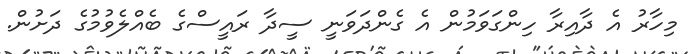
މިހާރު އެ ދާއިރާ ހިންގަވަމުން އެ ގެންދަވަނީ ސީދާ ރައީސްގެ ބެއްލެވުމުގެ ދަށުން.